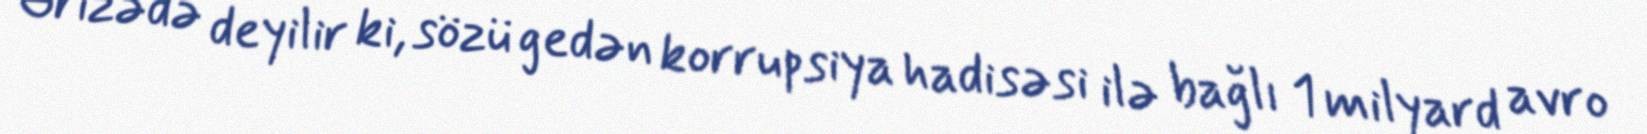
Ərizədə deyilir ki, sözü gedən korrupsiya hadisəsi ilə bağlı 1 milyard avro